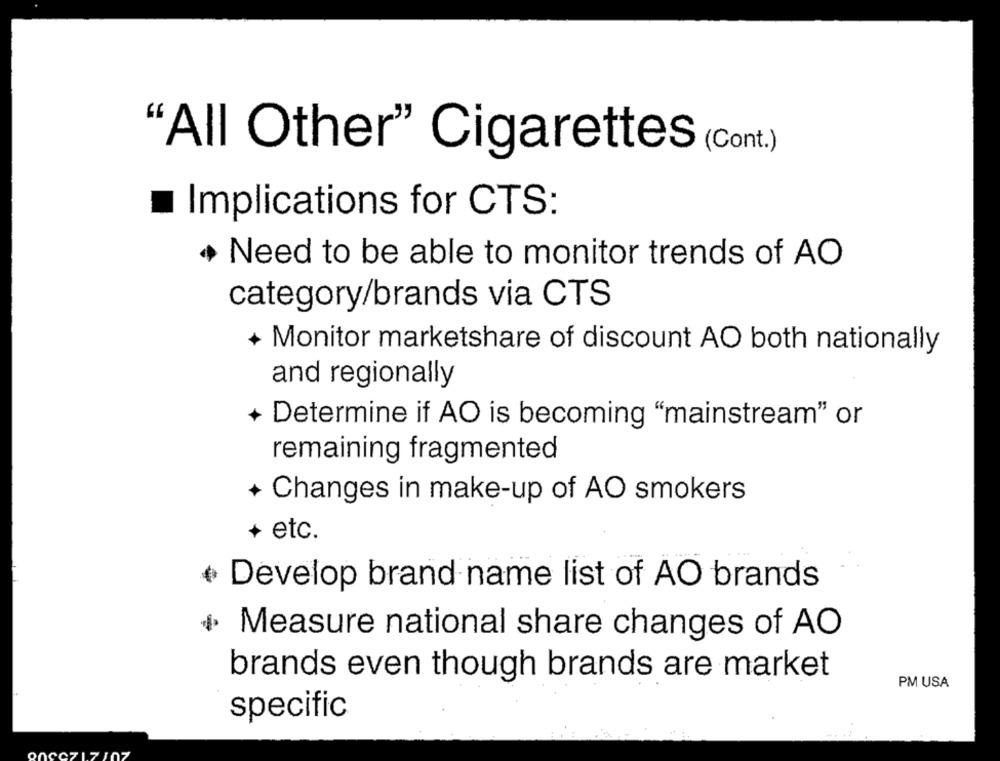
"All Other" Cigarettes (Cont.)
Implications for CTS:
Need to be able to monitor trends of AO
category/brands via CTS
+ Monitor marketshare of discount AO both nationally
and regionally
Determine if AO is becoming "mainstream" or
remaining fragmented
+ Changes in make-up of AO smokers
+ etc.
Develop brand name list of AO brands
Measure national share changes of AO
brands even though brands are market
PM USA
specific